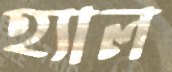
হ্যাল